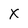
Character: X